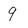
Character: 9